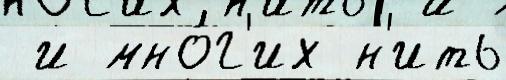
 и мно́г'их н'ить